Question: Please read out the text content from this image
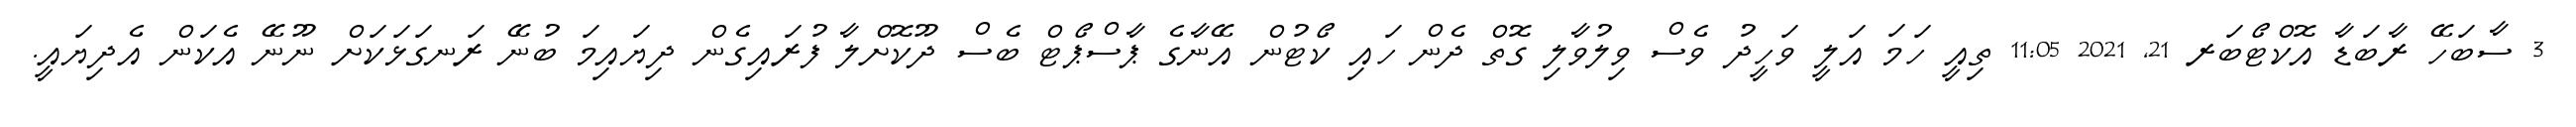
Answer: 3 ސާބަހޭ ރާބަޑާ އޮކްޓޯބަރ 21, 2021 11:05 ތިއީ ހަމަ އަލީ ވަހީދު ވެސް ވިލުވާލި ގޮތް ދެން ހައި ކޯޓުން އޭނާގެ ޕާސްޕޯޓް ބެސް ދޫކޮށްލާ ފުރައިގެން ދިޔައިމަ ބުނޭ ރަނގަޅަކަށް ނޫނޭ އެކަން އެދިޔައީ.